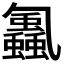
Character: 𮕕